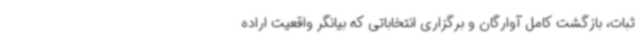
ثبات، بازگشت کامل آوارگان و برگزاری انتخاباتی که بیانگر واقعیت اراده